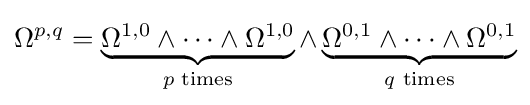
\Omega ^{p,q}=\underbrace {\Omega ^{1,0}\wedge \dotsb \wedge \Omega ^{1,0}} _{p{\text{ times}}}\wedge \underbrace {\Omega ^{0,1}\wedge \dotsb \wedge \Omega ^{0,1}} _{q{\text{ times}}}